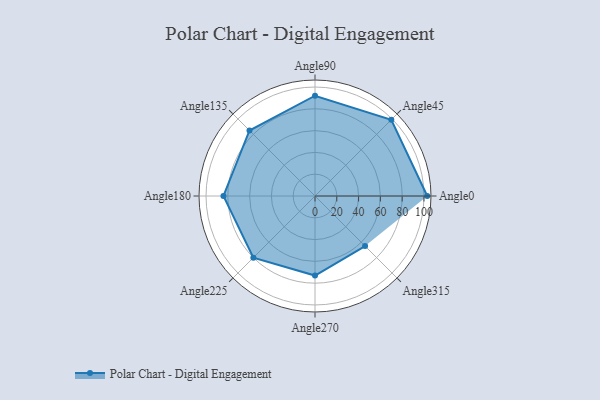
{"axis": {"x": "Angle", "y": "Radius"}, "legend": [""], "data": [{"x": "Angle0", "y": 103.0, "type": ""}, {"x": "Angle45", "y": 99.0, "type": ""}, {"x": "Angle90", "y": 92.0, "type": ""}, {"x": "Angle135", "y": 85.0, "type": ""}, {"x": "Angle180", "y": 84.0, "type": ""}, {"x": "Angle225", "y": 80.0, "type": ""}, {"x": "Angle270", "y": 73.0, "type": ""}, {"x": "Angle315", "y": 65.0, "type": ""}]}